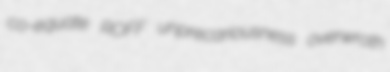
co-equate ROFF unprecariousness overwroth